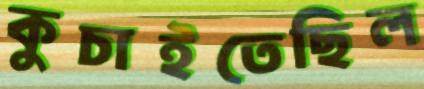
কুচাইতেছিল